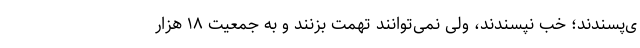
ی‌پسندند؛ خب نپسندند، ولی نمی‌توانند تهمت بزنند و به جمعیت ۱۸ هزار